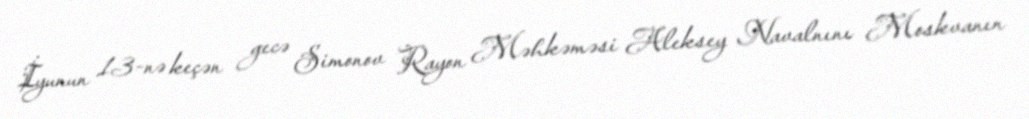
İyunun 13-nə keçən gecə Simonov Rayon Məhkəməsi Aleksey Navalnını Moskvanın